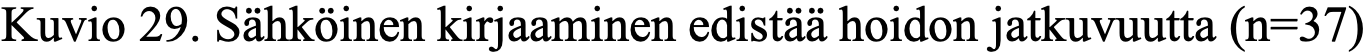
Kuvio 29. Sähköinen kirjaaminen edistää hoidon jatkuvuutta (n=37)